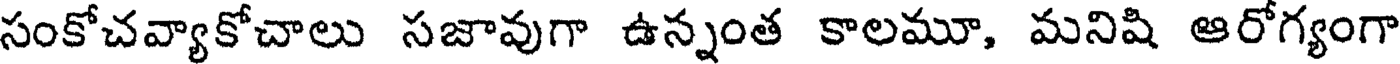
సంకోచవ్యాకోచాలు సజావుగా ఉన్నంత కాలమూ, మనిషి ఆరోగ్యంగా